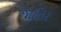
જાતિર